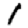
Digit: 1